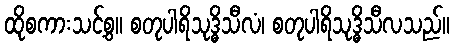
ထိုစကားသင့်စွ။ စတုပါရိသုဒ္ဓိသီလံ၊ စတုပါရိသုဒ္ဓိသီလသည်။